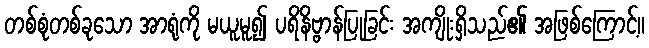
တစ်စုံတစ်ခုသော အာရုံကို မယူမူ၍ ပရိနိဗ္ဗာန်ပြုခြင်း အကျိုးရှိသည်၏ အဖြစ်ကြောင့်။